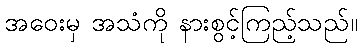
အဝေးမှ အသံကို နားစွင့်ကြည့်သည်။